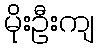
မိုးဦးကျ